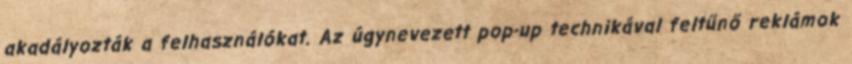
akadályozták a felhasználókat. Az úgynevezett pop-up technikával feltűnő reklámok